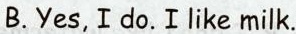
B.Yes,I do.Ilike milk.